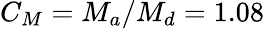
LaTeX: C_{M}=M_{a}/M_{d}=1.08